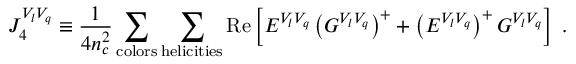
{ \cal J } _ { 4 } ^ { V _ { l } V _ { q } } \equiv { \frac { 1 } { 4 n _ { c } ^ { 2 } } } \sum _ { \mathrm { c o l o r s } } \sum _ { \mathrm { h e l i c i t i e s } } \mathrm { R e } \left[ E ^ { V _ { l } V _ { q } } \left( G ^ { V _ { l } V _ { q } } \right) ^ { + } + \left( E ^ { V _ { l } V _ { q } } \right) ^ { + } G ^ { V _ { l } V _ { q } } \right] \; .